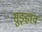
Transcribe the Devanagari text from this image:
सुझ्हाव